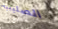
الصليبية